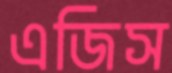
এজিস